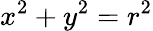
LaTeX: x^{2}+y^{2}=r^{2}